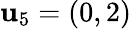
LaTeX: \mathbf{u}_{5}=(0,2)